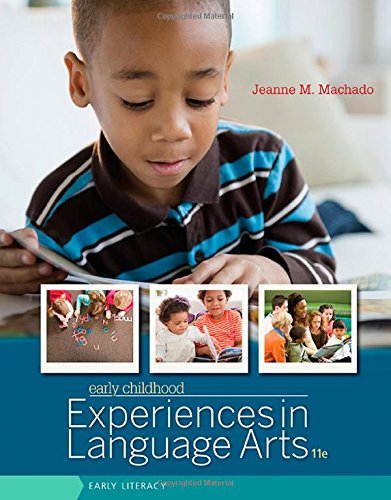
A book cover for Early Childhood Experiences in Language Arts: Early Literacy; Jeanne M. Machado; Parenting & Relationships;